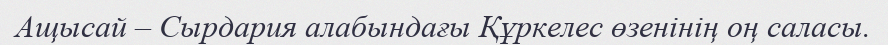
Ащысай – Сырдария алабындағы Құркелес өзенінің оң саласы.